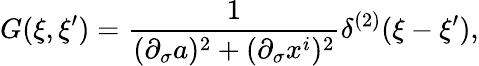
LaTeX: G(\xi,\xi^{\prime})={\frac{1}{(\partial_{\sigma}a)^{2}+(\partial_{\sigma}x^{i})^{2}}}\delta^{(2)}(\xi-\xi^{\prime}),